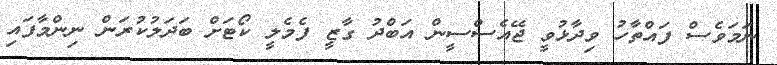
ނަމަވެސް ފައްތާހު ވިދާޅުވީ ޖޭއެސްސީން އަބްދު ގާޒީ ފެމެލީ ކޯޓަށް ބަދަލުކުރަން ނިންމާފައި